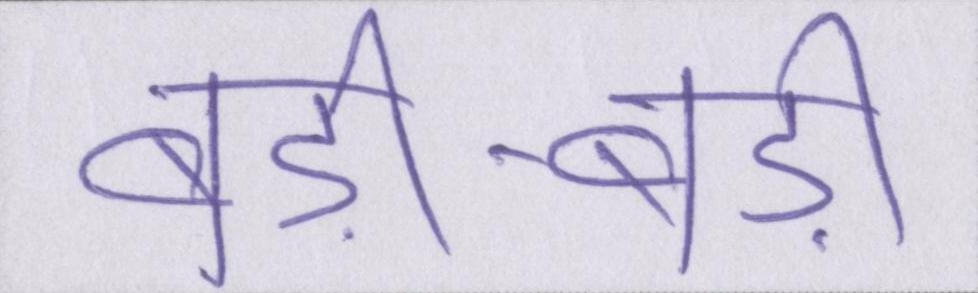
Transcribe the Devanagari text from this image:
बड़ी-बड़ी